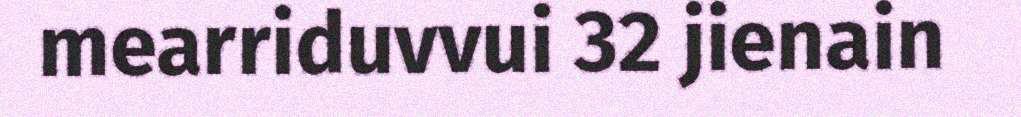
mearriduvvui 32 jienain